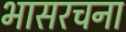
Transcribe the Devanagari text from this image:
भासरचना